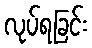
လုပ်ရခြင်း